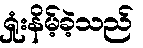
ရှုံးနိမ့်ခဲ့သည်